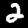
Label: 2